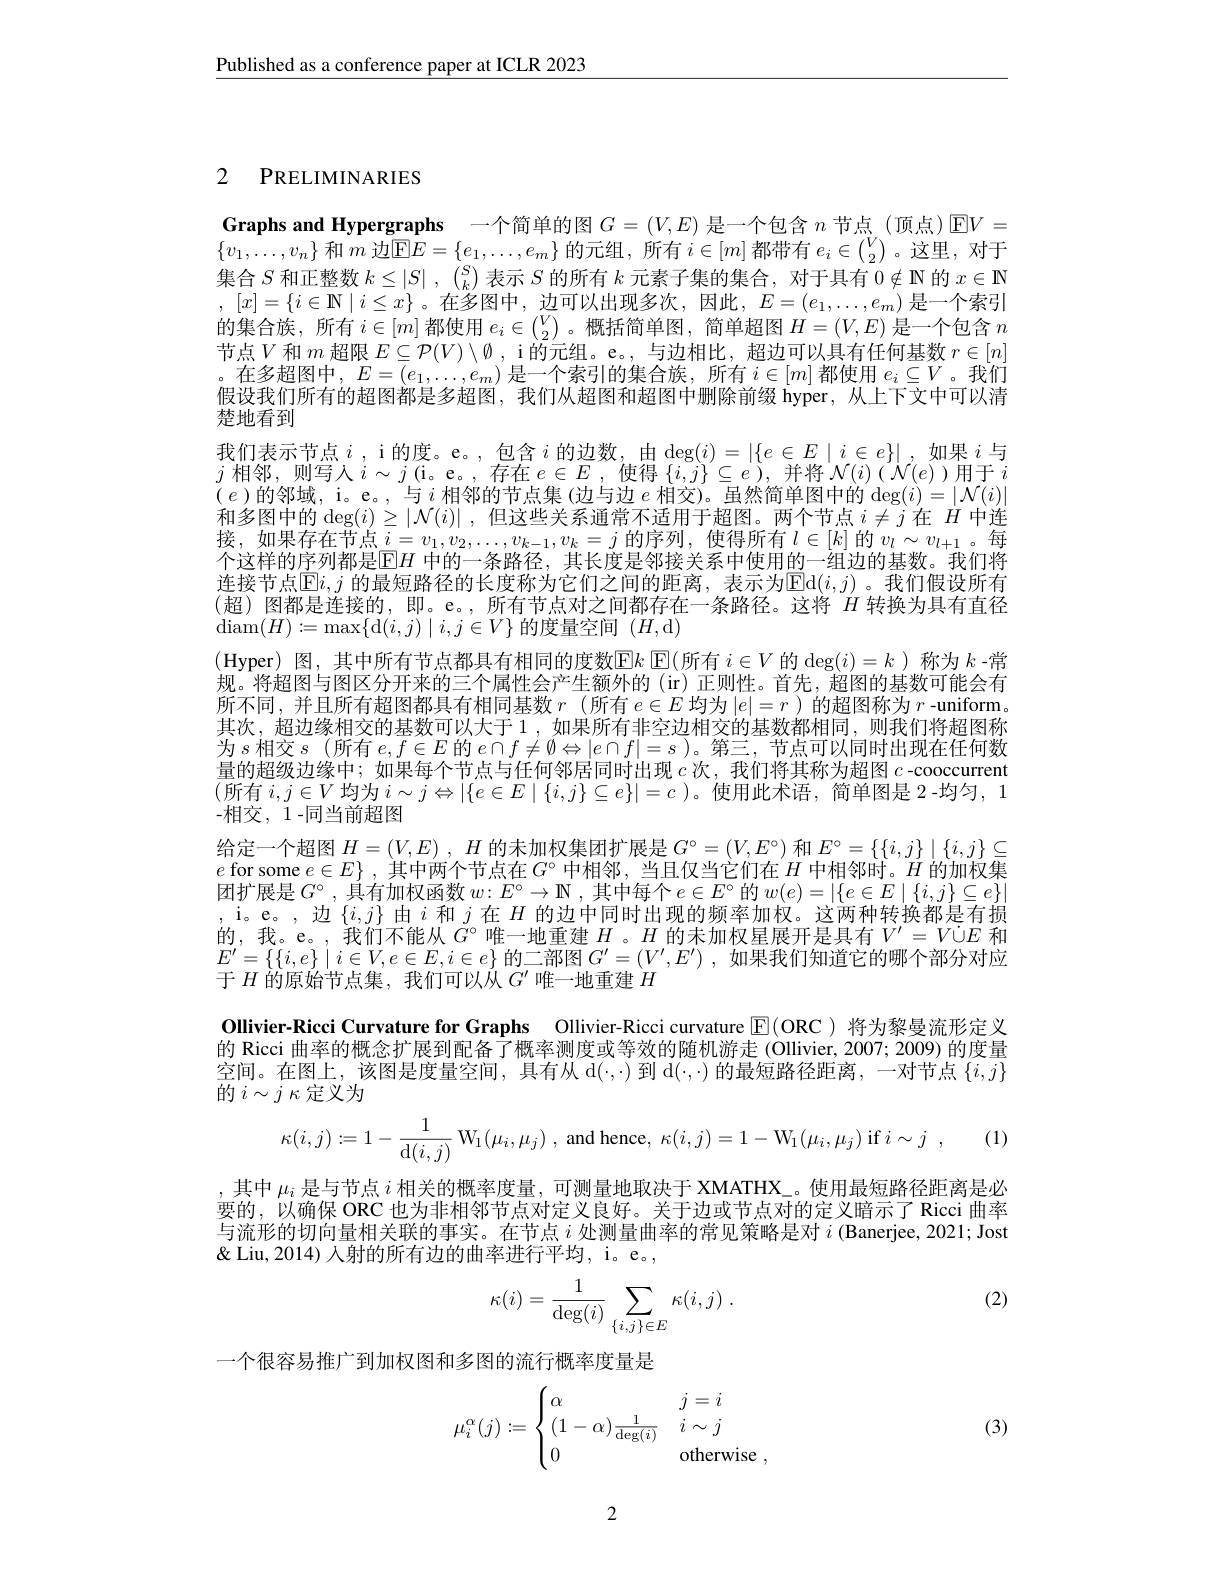
$\underline{\text{Published as a conference paper at ICLR 2023}}$

# 2 PRELIMINARIES

Graphs and Hypergraphs 一个简单的图$G=(V,E)$是一个包含$n$节点 (顶点)$\operatorname{E}V=$ $\{v_1,\ldots,v_n\}$和$m$边$\boxed{\mathrm{E}}E=\{e_1,\ldots,e_m\}$的元组，所有$i\in[m]$都带有$e_i\in\binom V2$ 。这里，对于

集合$S$和正整数$k\leq|S|,\begin{pmatrix}S\\k\end{pmatrix}$表示$S$的所有$k$元素子集的集合，对于具有$0\notin\mathbf{N}$的$x\in\mathbb{N}$ , $[ x] = \{ i\in \mathbf{N} \mid i\leq x\}$。在多图中，边 可 以 出 现 多 次 , 因此，$E= ( e_1, \ldots , e_m)$ 是一个索引的集合族，所有$i\in[m]$都使用$e_i\in\binom V2$。概括简单图，简单超图$H=(V,E)$是一个包含$n$ 节点$V$和$m$超限$E\subseteq\mathcal{P}(V)\setminus\emptyset$, i 的元组。e。, 与边相比，超边可以具有任何基数$r\in[n]$ 。在多超图中，$E=(e_1,\ldots,e_m)$是一个索引的集合族，所有$i\in[m]$都使用$e_i\subseteq V$。我们假设我们所有的超图都是多超图，我们从超图和超图中删除前缀 hyper,从上下文中可以清楚地看到
我们表示节点$i$,i的度。e。,包含$i$ 的边数，由$\deg(i)=|\{e\in E\mid i\in e\}|$,如果$i$与$j$相邻，则写人$i\sim j($i。e。,存在$e\in E$,使得$\{i,j\}\subseteq e)$,并将$\mathcal{N}(i)(\mathcal{N}(e))$用于$(e)$的邻域，i。e。,与$i$相邻的节点集(边与边$e$ 相交)。虽然简单图中的$\deg(i)=|\mathcal{N}(i)|$ 和多图中的$\deg(i)\geq|\mathcal{N}(i)|$ ,但这些关系通常不适用于超图。两个节点$i\neq j$在$H$中连接，如果存在节点$i=v_1,v_2,\ldots,v_{k-1},v_k=j$的序列，使得所有$l\in[k]$的$v_l\sim v_{l+1}$。每个这样的序列都是$|\mathbb{F}|H$ 中的一条路径，其长度是邻接关系中使用的一组边的基数。我们将连接节点$\overline{\mathbb{E}}i,j$ 的最短路径的长度称为它们之间的距离，表示为$\overline{\mathbb{E}}$d$(i,j)$。我们假设所有(超)图都是连接的，即。e。,所有节点对之间都存在一条路径。这将 $H$ 转换为具有直径$\operatorname{diam}(H):=\operatorname*{max}\{\operatorname{d}(i,j)\mid i,j\in V\}$的度量空间$(H$,d)
(Hyper)图，其中所有节点都具有相同的度数$\mathbb{E}k\operatorname{E}($所有 $i\in V$ 的 $\deg(i)=k$ )称为 $k$ -常规。将超图与图区分开来的三个属性会产生额外的(ir)正则性。首先，超图的基数可能会有所不同，并且所有超图都具有相同基数$r$ (所有$e\in E$均为$|e|=r$ )的超图称为$r$ -uniform。其次，超边缘相交的基数可以大于1，如果所有非空边相交的基数都相同，则我们将超图称为$s$ 相交$s$ (所有 $e,f\in E$ 的 $e\cap f\neq\emptyset\Leftrightarrow|e\cap f|=s$ )。第三 ,节点可以同时出现在任何数量的超级边缘中；如果每个节点与任何邻居同时出现$c$次，我们将其称为超图$c$ -cooccurrent (所有 $i,j\in V$均为$i\sim j\Leftrightarrow|\{e\in E\mid\{i,j\}\subseteq e\}|=c$ )。使用此术语，简单图是 2-均匀，1 -相交，1-同当前超图
给定一个超图$H= ( V, E)$ $, H$的未加权集团扩展是$G^\circ=(V,E^\circ)$和$E^\circ=\{\{i,j\}\mid\{i,j\}\subseteq$ $e$ for some $e\in E\}$,其中两个节点在$G^\circ$中相邻，当且仅当它们在$H$中相邻时。$H$的加权集团扩展是$G^\circ$,具有加权函数$w:E^\circ\to\mathbb{N}$,其中每个$e\in E^\circ$的$w(e)=|\{e\in E\mid\{i,j\}\subseteq e\}|$ ,i。e。,边$\{i,j\}$由$i$和$j$在$H$的边中同时出现的频率加权。这两种转换都是有损的，我。e。,我们不能从$G^\circ$唯一地重建$H$ 。$H$的未加权星展开是具有$V^\prime=V\dot{\cup}E$和$E^{\prime}=\left\{\{i,e\}\mid i\in V,e\in E,i\in e\right\}$的二部图$G^\prime=(V^\prime,E^\prime)$,如果我们知道它的哪个部分对应于$H$的原始节点集，我们可以从$G^\prime$唯一地重建$H$
Ollivier-Ricci Curvature for Graphs Ollivier-Ricci curvature $\color{red}{\mathrm{E}}($ORC )将为黎曼流形定义的 Ricci 曲率的概念扩展到配备了概率测度或等效的随机游走 (Ollivier,2007;2009) 的度量空间。在图上，该图是度量空间，具有从 d($\cdot,\cdot)$到 d($\cdot,\cdot)$的最短路径距离，一对节点$\{i,j\}$ 的$i\sim j\kappa$定义为
$$\kappa(i,j):=1-\frac{1}{\mathrm{d}(i,j)}\:\mathrm{W}_{1}(\mu_{i},\mu_{j})\:,\:\mathrm{and}\:\mathrm{hence},\:\kappa(i,j)=1-\mathrm{W}_{1}(\mu_{i},\mu_{j})\:\mathrm{if}\:i\sim j\:,$$
(1)

,其中$\mu_i$是与节点$i$相关的概率度量，可测量地取决于 XMATHX\_。使用最短路径距离是必要的，以确保 ORC 也为非相邻节点对定义良好。关于边或节点对的定义暗示了 Ricci 曲率与流形的切向量相关联的事实。在节点$i$处测量曲率的常见策略是对$i$ (Banerjee, 2021; Jost & Liu, 2014) 人射的所有边的曲率进行平均，i。e。,

(2)
$$\kappa(i)=\frac{1}{\deg(i)}\sum_{\{i,j\}\in E}\kappa(i,j)\:.$$
一个很容易推广到加权图和多图的流行概率度量是
$$\mu_i^\alpha(j):=\begin{cases}\alpha&j=i\\(1-\alpha)\frac{1}{\deg(i)}&i\sim j\\0&\text{otherwise}\:,\end{cases}$$
(3)

2